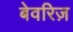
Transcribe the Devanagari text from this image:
बेवरिज़